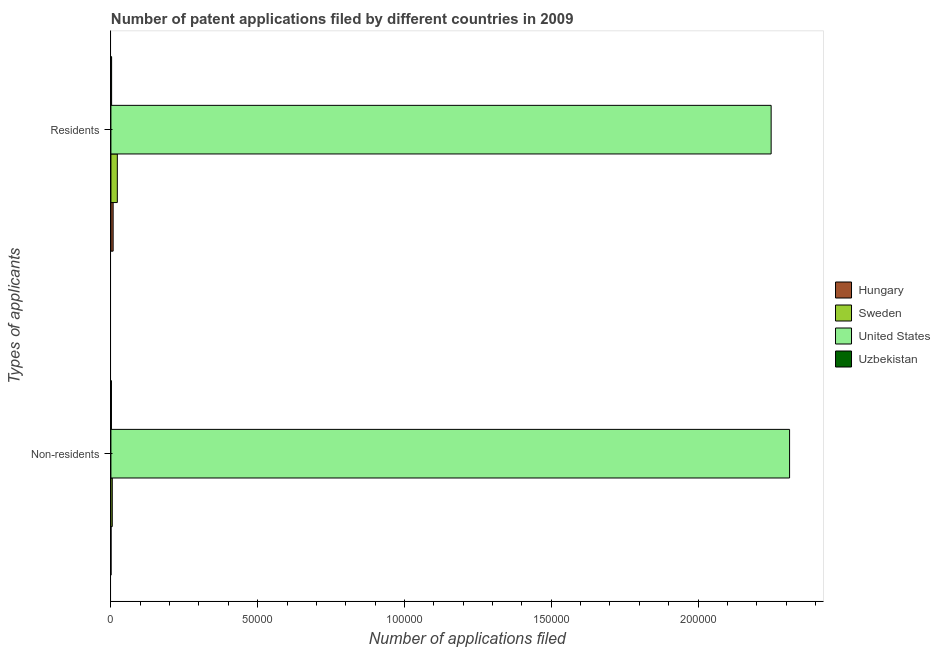
| Types of applicants | Hungary | Sweden | United States | Uzbekistan |
 | --- | --- | --- | --- | --- |
 | Non-residents | 30 | 463 | 2.31e+05 | 174 |
 | Residents | 757 | 2.19e+03 | 2.25e+05 | 238 |